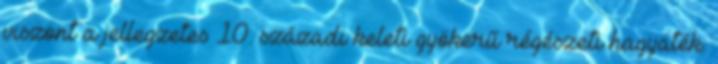
viszont a jellegzetes 10. századi keleti gyökerű régészeti hagyaték.